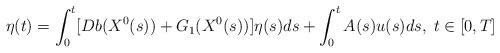
\begin{align*}\eta (t)=\int_{0}^{t}[Db(X^{0}(s))+G_{1}(X^{0}(s))]\eta(s)ds+\int_{0}^{t}A(s)u(s)ds,\;t\in \lbrack 0,T]\end{align*}